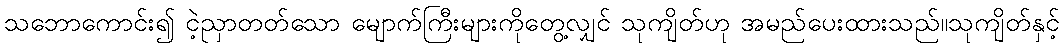
သဘောကောင်း၍ ငဲ့ညှာတတ်သော မျောက်ကြီးများကိုတွေ့လျှင် သုကျိတ်ဟု အမည်ပေးထားသည်။သုကျိတ်နှင့်